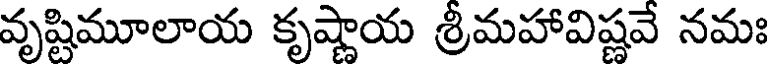
వృష్టిమూలాయ కృష్ణాయ శ్రీమహావిష్ణవే నమః